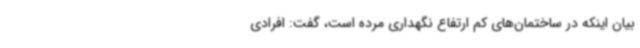
بیان اینکه در ساختمان‌های کم ارتفاع نگهداری مرده است، گفت: افرادی